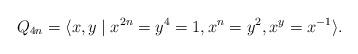
LaTeX: \begin{align*}Q_{4n}=\langle x,y\mid x^{2n}=y^4=1, x^n=y^2, x^y=x^{-1}\rangle.\end{align*}